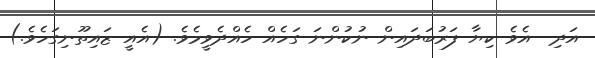
އަދި  އެވެ ކިޔާ ފަރުބަދައިން ނުކުންނަ ގަހެއް ހެއްދެވީމެވެ. (އެއީ ޒައިތޫނިގަހެވެ.)